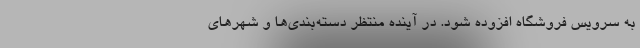
به سرویس فروشگاه افزوده شود. در آینده منتظر دسته‌بندی‌ها و شهرهای